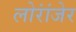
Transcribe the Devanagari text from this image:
लोरांंजेर